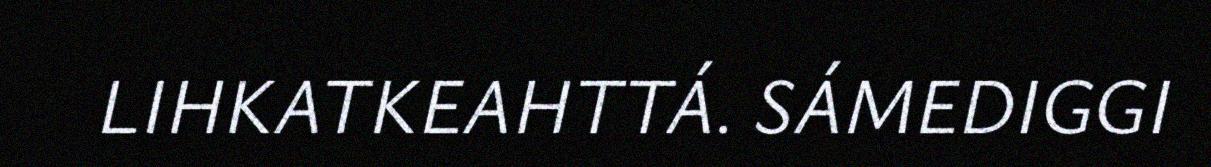
LIHKATKEAHTTÁ. SÁMEDIGGI